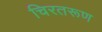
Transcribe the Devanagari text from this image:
चिरतरूण